Report on vaccination in Madras 1904-1921 - 1904-1921
Year: 1904
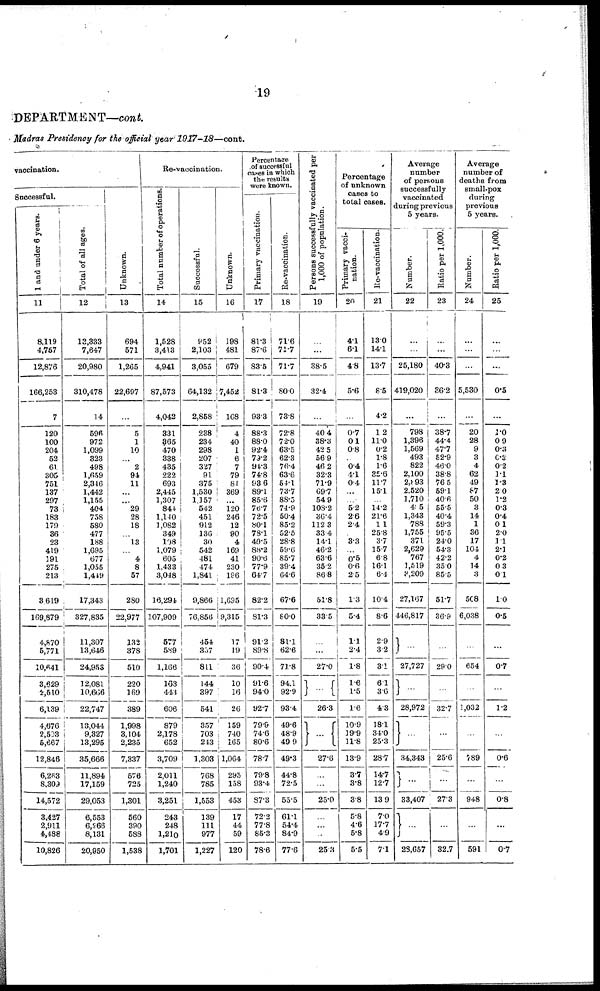
19
DEPARTMENT—cont.
Madras Presidency for the official year 1917-18—cont.
vaccination.
Successful.
1 and under 6 years.
11
8,119
4,757
12,876
166,258
7
120
100
204
52
61
305
751
137
297
73
183
179
36
23
419
191
275
213
3,619
169,879
4,870
5,771
10,641
3,629
2,510
6,139
4,676
2,503
5,667
12,846
6,263
8,309
14,572
3,427
2,911
4,488
10,826
Total of all ages.
12
13,333
7,647
20,980
310,478
14
596
972
1,099
323
498
1,659
2,346
1,442
1,155
404
758
580
477
188
1,695
677
1,055
1,449
17,343
327,835
11,307
13,646
24,953
12,081
10,666
22,747
13,044
9,327
13,295
35,666
11,894
17,159
29,053
6,553
6,266
8,131
20,950
Unknown.
13
694
571
1,265
22,697
...
5
1
10
...
2
94
11
...
...
29
28
18
...
13
...
4
8
57
280
22,977
132
378
510
220
169
389
1,998
3,104
2,235
7,337
576
725
1,301
560
390
588
1,538
Re-vaccination.
Total number of operations.
14
1,528
3,413
4,941
87,573
4,042
331
365
470
338
435
222
693
2,445
1,307
844
1,140
1,082
349
108
1,079
605
1,433
3,048
16,294
107,909
577
589
1,166
163
443
606
879
2,178
652
3,709
2,011
1,240
3,251
243
248
1,210
1,701
Successful.
15
852
2,103
3,055
64,132
2,858
238
234
298
207
327
91
375
1,530
1,157
542
451
912
136
30
542
481
474
1,841
9,866
76,856
454
357
811
144
397
541
357
703
243
1,303
768
785
1,553
139
111
977
1,227
Unknown.
16
198
481
679
7,452
168
4
40
1
6
7
79
81
369
...
120
246
12
90
4
169
41
230
196
1,695
9,315
17
19
36
10
16
26
159
740
165
1,064
295
158
453
17
44
59
120
Percentage
of successful
cases in which
the results
were known.
Primary vaccination.
17
81.3
87.6
83.5
81.3
93.3
88.3
88.0
92.4
70.2
94.3
74.8
93.6
89.1
85.6
76.7
72.5
80.1
78.1
49.5
88.2
90.6
77.9
64.7
82.2
81.3
91.2
89.8
90.4
91.6
94.0
92.7
79.9
74.6
80.6
78.7
79.8
93.4
87.3
72.2
77.8
85.3
78.6
Re-vaccination.
18
71.6
71.7
71.7
80.0
73.8
72.8
72.0
63.5
62.3
76.4
63.6
54.1
73.7
88.5
74.9
50.4
85.2
52.5
28.8
59.6
85.7
39.4
64.6
67.6
80.0
81.1
62.6
71.8
94.1
92.9
93.4
49.6
48.9
49.9
49.3
44.8
72.5
55.5
61.1
54.4
84.9
77.6
Persons successfully vaccinated per
1,000 of population.
19
...
...
38.5
32.4
...
40.4
38.3
42.5
56.9
46.2
32.3
71.9
69.7
54.9
108.2
36.4
112.3
33.4
14.1
46.2
63.6
35.2
86.8
51.8
33.5
...
...
27.0
...
26.3
...
27.6
...
...
25.0
...
...
...
25.3
Percentage
of unknown
cases to
total cases.
Primary vacci-
nation.
20
4.1
6.1
4.8
5.6
...
0.7
0.1
0.8
...
0.4
4.1
0.4
...
...
5.2
2.6
2.4
...
3.3
...
0.5
0.6
2.5
1.3
5.4
1.1
2.4
1.8
1.6
1.5
1.6
10.9
19.9
11.8
13.9
3.7
3.8
3.8
5.8
4.6
5.8
5.5
Re-vaccination.
21
13.0
14.1
13.7
8.5
4.2
1.2
11.0
0.2
1.8
1.6
35.6
11.7
15.1
...
14.2
21.6
1.1
25.8
3.7
15.7
6.8
16.1
6.4
10.4
8.6
2.9
3.2
3.1
6.1
3.6
4.3
18.1
34.0
25.3
28.7
14.7
12.7
13.9
7.0
17.7
4.9
7.1
Average
number
of persons
successfully
vaccinated
during previous
5 years.
Number.
22
...
...
25,180
419,020
...
798
1,396
1,569
493
822
2,100
2,893
2,520
1,710
405
1,343
788
1,755
371
2,629
767
1,519
3,209
27,167
446,817
...
27,727
...
28,972
...
34,343
...
33,407
...
23,657
Ratio per 1,000.
23
...
...
40.3
36.2
...
38.7
44.4
47.7
52.9
46.0
38.8
76.5
59.1
40.6
55.5
40.4
59.3
95.5
24.0
54.3
42.2
35.0
85.5
51.7
36.9
...
29.0
...
32.7
...
25.6
...
27.3
...
32.7
Average
number of
deaths from
small-pox
during
previous
5 years.
Number.
24
...
...
...
5,530
...
20
28
9
3
4
62
49
87
50
3
14
1
36
17
104
4
14
3
508
6,038
...
654
...
1,032
...
789
...
948
...
591
Ratio per 1,000.
25
...
...
...
0.5
...
1.0
0.9
0.3
0.3
0.2
1.1
1.3
2.0
1.2
0.3
0.4
0.1
2.0
1.1
2.1
0.2
0.3
0.1
1.0
0.5
...
0.7
...
1.2
...
0.6
...
0.8
...
0.7